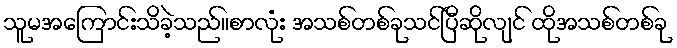
သူမအကြောင်းသိခဲ့သည်။စာလုံး အသစ်တစ်ခုသင်ပြီဆိုလျင် ထိုအသစ်တစ်ခု